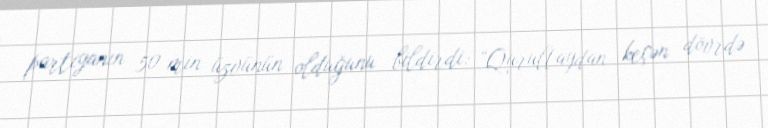
partiyanın 50 min üzvünün olduğunu bildirdi: “Qurultaydan keçən dövrdə